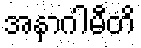
အနာဂါမီတိ